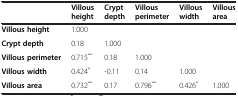
|  | Villous height | Crypt depth | Villous perimeter | Villous width | Villous area |
 | --- | --- | --- | --- | --- | --- |
 | Villous height | 1.000 |  |  |  |  |
 | Crypt depth | 0.18 | 1.000 |  |  |  |
 | Villous perimeter | 0.715** | 0.18 | 1.000 |  |  |
 | Villous width | 0.424* | -0.11 | 0.14 | 1.000 |  |
 | Villous area | 0.732** | 0.17 | 0.796** | 0.426* | 1.000 |